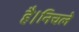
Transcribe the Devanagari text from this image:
है।निचले